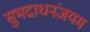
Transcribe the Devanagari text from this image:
सुभद्राधनंजयम